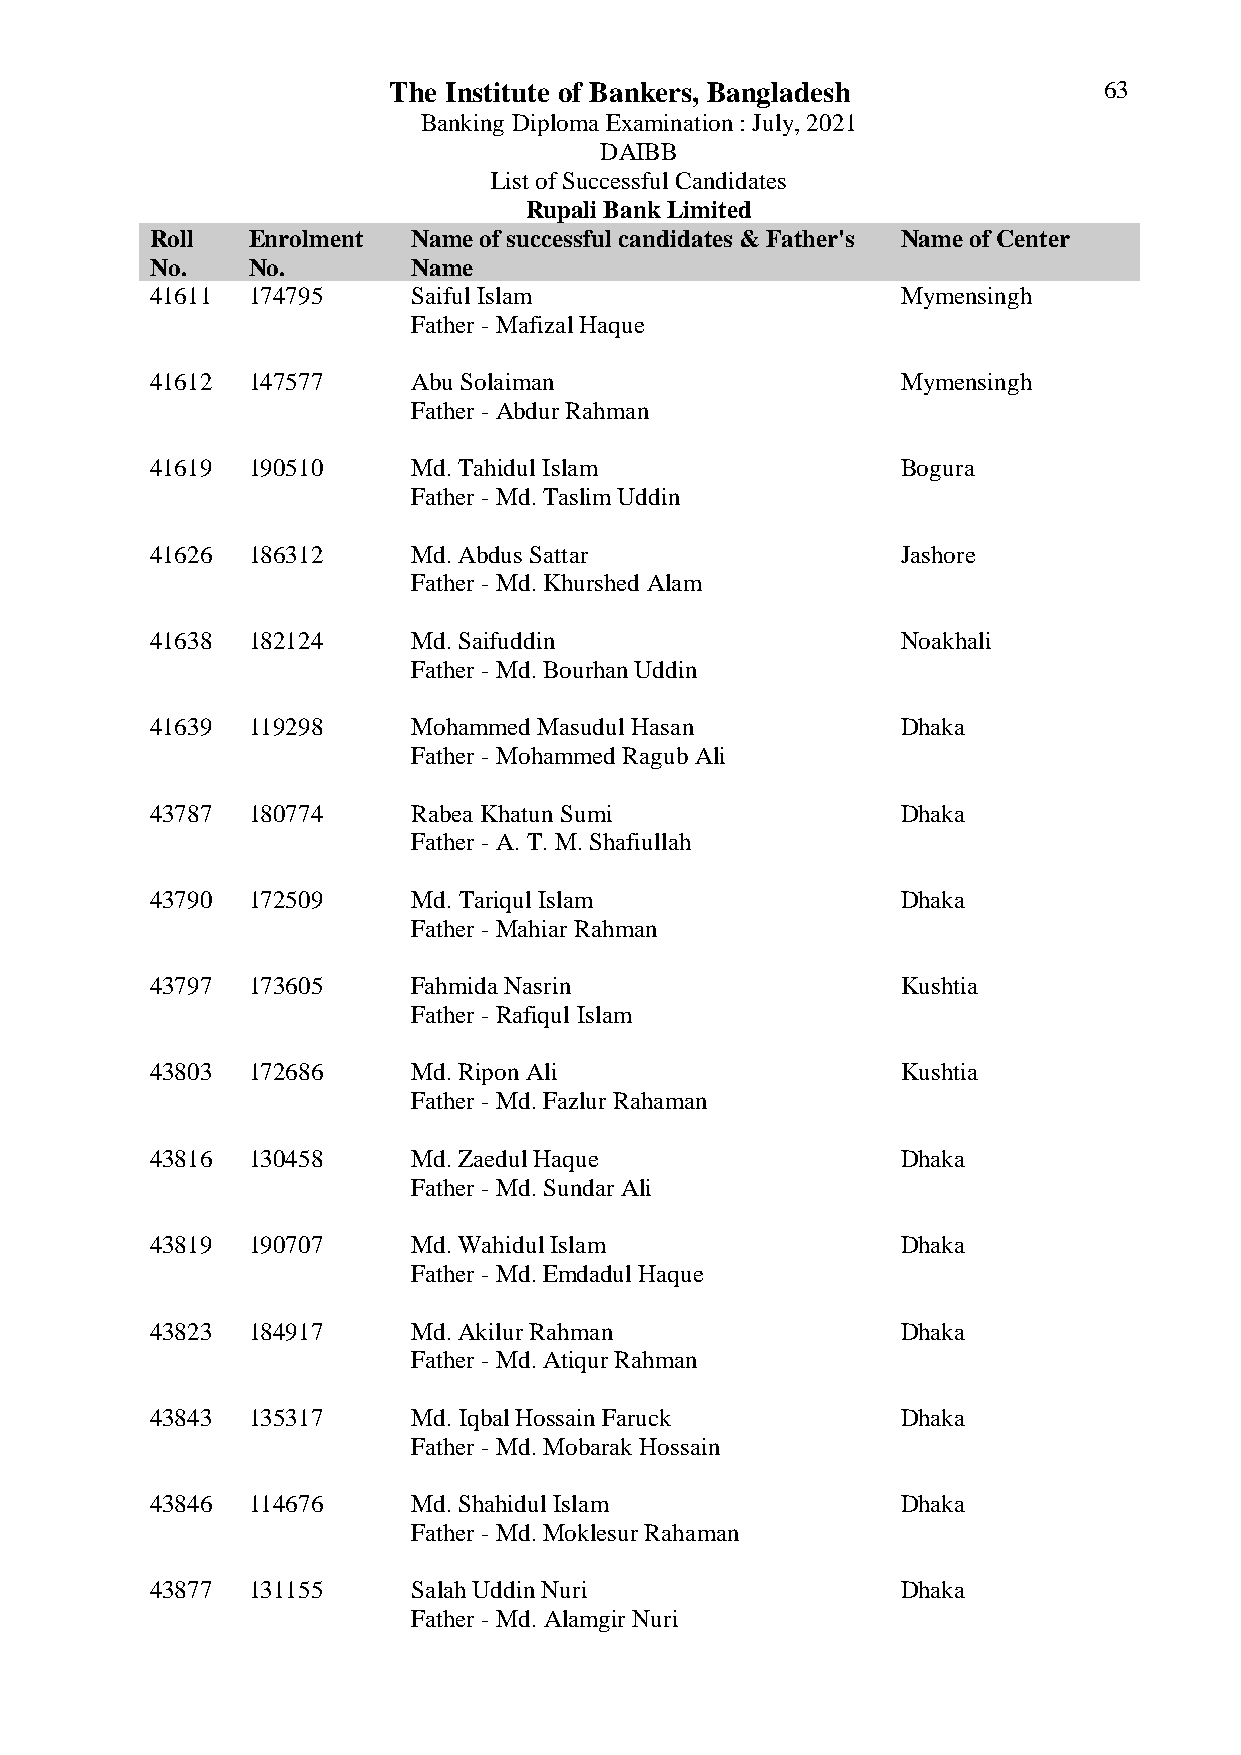
The Institute of Bankers, Bangladesh           63
 Banking Diploma Examination : July, 2021
 DAIBB
 List of Successful Candidates
 Rupali Bank Limited
 Roll  Enrolment  Name of successful candidates & Father's Name of Center
 No.   No.        Name
 41611 174795     Saiful Islam                     Mymensingh
 Father - Mafizal Haque
 41612 147577     Abu Solaiman                     Mymensingh
 Father - Abdur Rahman
 41619 190510     Md. Tahidul Islam                Bogura
 Father - Md. Taslim Uddin
 41626 186312     Md. Abdus Sattar                 Jashore
 Father - Md. Khurshed Alam
 41638 182124     Md. Saifuddin                    Noakhali
 Father - Md. Bourhan Uddin
 41639 119298     Mohammed Masudul Hasan           Dhaka
 Father - Mohammed Ragub Ali
 43787 180774     Rabea Khatun Sumi                Dhaka
 Father - A. T. M. Shafiullah
 43790 172509     Md. Tariqul Islam                Dhaka
 Father - Mahiar Rahman
 43797 173605     Fahmida Nasrin                   Kushtia
 Father - Rafiqul Islam
 43803 172686     Md. Ripon Ali                    Kushtia
 Father - Md. Fazlur Rahaman
 43816 130458     Md. Zaedul Haque                 Dhaka
 Father - Md. Sundar Ali
 43819 190707     Md. Wahidul Islam                Dhaka
 Father - Md. Emdadul Haque
 43823 184917     Md. Akilur Rahman                Dhaka
 Father - Md. Atiqur Rahman
 43843 135317     Md. Iqbal Hossain Faruck         Dhaka
 Father - Md. Mobarak Hossain
 43846 114676     Md. Shahidul Islam               Dhaka
 Father - Md. Moklesur Rahaman
 43877 131155     Salah Uddin Nuri                 Dhaka
 Father - Md. Alamgir Nuri